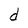
Character: d